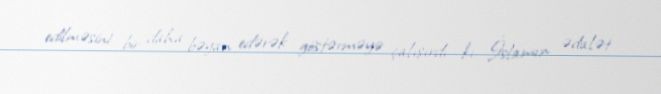
edilməsini bir daha bəyan edərək göstərməyə çalışırdı ki, İslamın ədalət